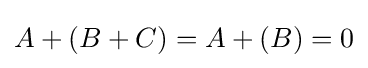
A+(B+C)=A+(B)=0